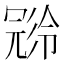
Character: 𠖝